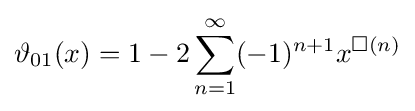
\vartheta _{01}(x)=1-2\sum _{n=1}^{\infty }(-1)^{n+1}x^{\Box (n)}